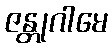
ဇန္တုဂါမေ